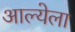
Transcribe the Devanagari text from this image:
आल्येला